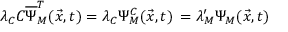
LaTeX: \lambda _ { C } C \overline { { { \Psi } } } _ { M } ^ { T } ( \vec { x } , t ) = \lambda _ { C } \Psi _ { M } ^ { C } ( \vec { x } , t ) \nonumber \, = \lambda _ { M } ^ { \prime } \Psi _ { M } ( \vec { x } , t )